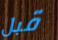
قبل